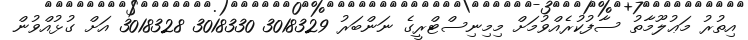
އިތުރު މަޢުލޫމާތު ސާފުކުރެއްވުމަށް މިމިނިސްޓްރީގެ ނަންބަރު 3018329 3018330 3018328 އަށް ގުޅުއްވުން